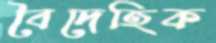
বৈদেহিক